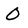
Character: 0